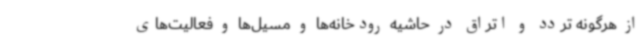
از هرگونه تردد و اتراق در حاشیه رودخانه‌ها و مسیل‌ها و فعالیت‌های